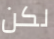
لكن